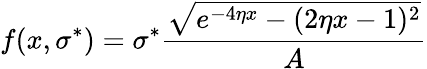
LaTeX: f(x,\sigma^{*})=\sigma^{*}\frac{\sqrt{e^{-4\eta x}-(2\eta x-1)^{2}}}{A}